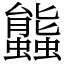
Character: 䘅